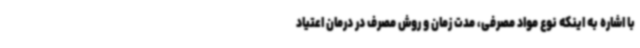
با اشاره به اینکه نوع مواد مصرفی، مدت زمان و روش مصرف در درمان اعتیاد